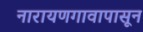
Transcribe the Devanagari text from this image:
नारायणगावापासून